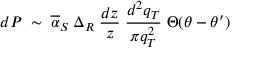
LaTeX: d P \; \sim \; \overline { { { \alpha } } } _ { S } \: \Delta _ { R } \; \frac { d z } { z } \; \frac { d ^ { 2 } q _ { T } } { \pi q _ { T } ^ { 2 } } \; \Theta ( \theta - \theta ^ { \prime } )